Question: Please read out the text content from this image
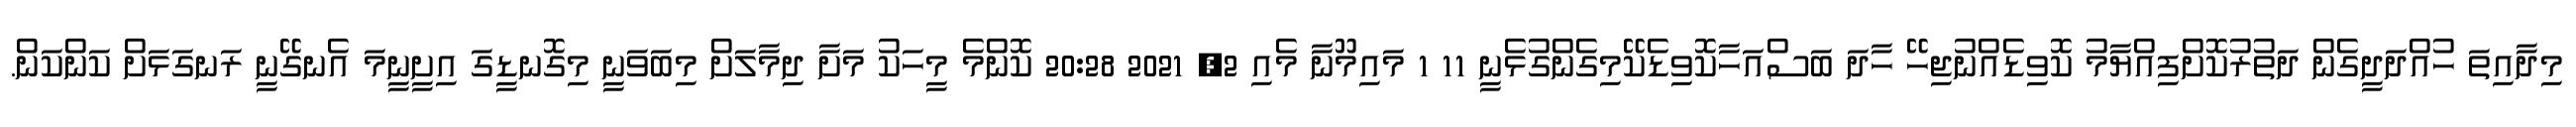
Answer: މިދާއިތަ ހުއްދަދީގެން ދަތުރުކޮށްފިއްޔާމު ކޮވިޑެއްނުޖިހޭ ހާދަ ބަސްއަހާކޮވިޑެކޭމިގެންގުޅެނީ 11 1 މައިމޫނާ މެއި 2, 2021 20:28 ކޮންމެ މީހަކު މަށާ ދިމާލަށް މިބަވަނީ މިގޮނޑީގަ އިށީނީމަ އެނގޭނީ ރަނގަޅަށް ކަންކަން.